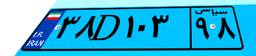
۳۳D۳۷۲۹۱